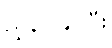
ညွှန်ပြနိုင်ပြီး